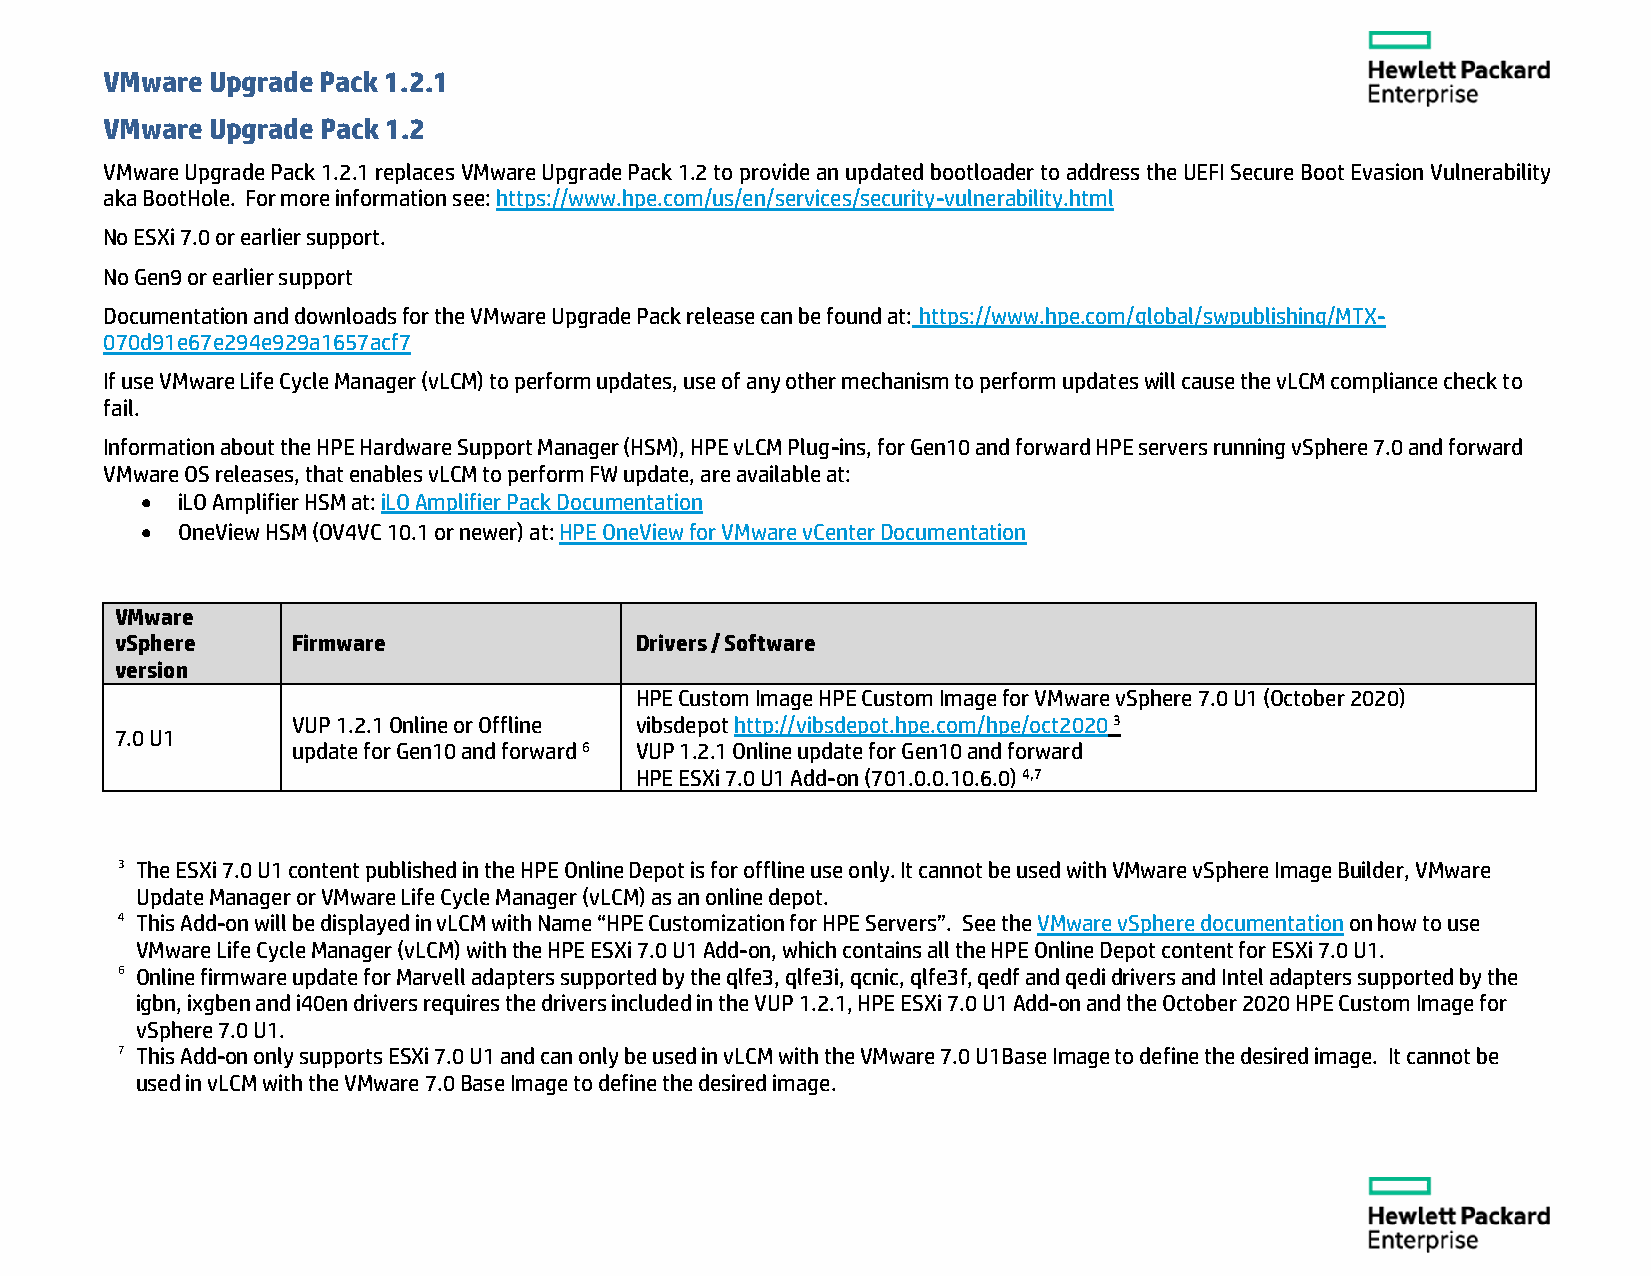
VMware Upgrade Pack 1.2.1
 VMware Upgrade Pack 1.2
 VMware Upgrade Pack 1.2.1 replaces VMware Upgrade Pack 1.2 to provide an updated bootloader to address the UEFI Secure Boot Evasion Vulnerability
 aka BootHole. For more information see: https://www.hpe.com/us/en/services/security-vulnerability.html
 No ESXi 7.0 or earlier support.
 No Gen9 or earlier support
 Documentation and downloads for the VMware Upgrade Pack release can be found at: https://www.hpe.com/global/swpublishing/MTX-
 070d91e67e294e929a1657acf7
 If use VMware Life Cycle Manager (vLCM) to perform updates, use of any other mechanism to perform updates will cause the vLCM compliance check to
 fail.
 Information about the HPE Hardware Support Manager (HSM), HPE vLCM Plug-ins, for Gen10 and forward HPE servers running vSphere 7.0 and forward
 VMware OS releases, that enables vLCM to perform FW update, are available at:
   iLO Amplifier HSM at: iLO Amplifier Pack Documentation
   OneView HSM (OV4VC 10.1 or newer) at: HPE OneView for VMware vCenter Documentation
 VMware
 vSphere    Firmware               Drivers / Software
 version
 HPE Custom Image HPE Custom Image for VMware vSphere 7.0 U1 (October 2020)
 VUP 1.2.1 Online or Offline vibsdepot http://vibsdepot.hpe.com/hpe/oct2020 3
 7.0 U1
 update for Gen10 and forward 6 VUP 1.2.1 Online update for Gen10 and forward
 HPE ESXi 7.0 U1 Add-on (701.0.0.10.6.0) 4,7
 3 The ESXi 7.0 U1 content published in the HPE Online Depot is for offline use only. It cannot be used with VMware vSphere Image Builder, VMware
 Update Manager or VMware Life Cycle Manager (vLCM) as an online depot.
 4 This Add-on will be displayed in vLCM with Name “HPE Customization for HPE Servers”. See the VMware vSphere documentation on how to use
 VMware Life Cycle Manager (vLCM) with the HPE ESXi 7.0 U1 Add-on, which contains all the HPE Online Depot content for ESXi 7.0 U1.
 6 Online firmware update for Marvell adapters supported by the qlfe3, qlfe3i, qcnic, qlfe3f, qedf and qedi drivers and Intel adapters supported by the
 igbn, ixgben and i40en drivers requires the drivers included in the VUP 1.2.1, HPE ESXi 7.0 U1 Add-on and the October 2020 HPE Custom Image for
 vSphere 7.0 U1.
 7 This Add-on only supports ESXi 7.0 U1 and can only be used in vLCM with the VMware 7.0 U1Base Image to define the desired image. It cannot be
 used in vLCM with the VMware 7.0 Base Image to define the desired image.